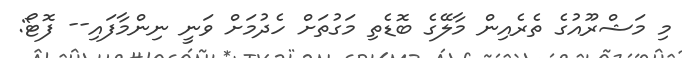
މި މަޝްރޫއުގެ ތެރެއިން މާލޭގެ ބޮޑެތި މަގުތަށް ހެދުމަށް ވަނީ ނިންމާފައި-- ފޮޓޯ: